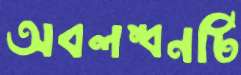
অবলম্বনটি